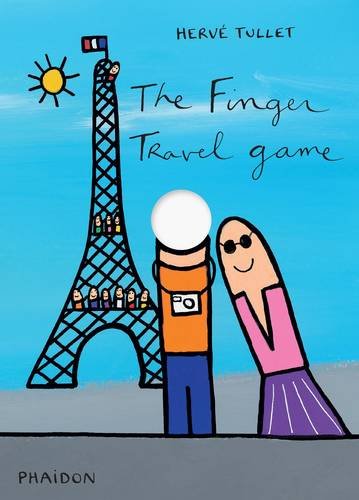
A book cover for The Finger Travel Game; HervÃ© Tullet; Children's Books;